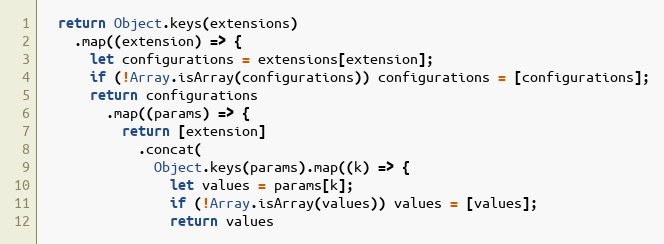
Language: JavaScript
  return Object.keys(extensions)
    .map((extension) => {
      let configurations = extensions[extension];
      if (!Array.isArray(configurations)) configurations = [configurations];
      return configurations
        .map((params) => {
          return [extension]
            .concat(
              Object.keys(params).map((k) => {
                let values = params[k];
                if (!Array.isArray(values)) values = [values];
                return values